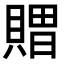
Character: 𮚖